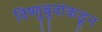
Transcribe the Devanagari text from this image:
विष्णुबुवांकडून